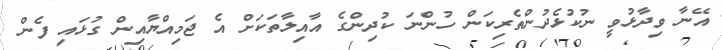
އޭނާ ވިދާޅުވީ ނުކުޅެދުންތެރިކަން ހުންނަ ކުދިންގެ އާއިލާތަކަށް އެ ޖަމިއްޔާއިން ގުޅައި ފެން